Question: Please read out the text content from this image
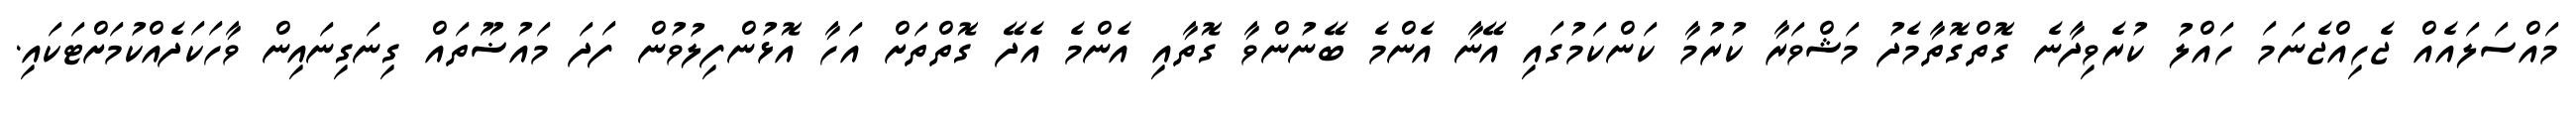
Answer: މައްސަލައެއް ޖެހިއްޖެނަމަ ހައްލު ކުރެވިދާނެ ގޮތްގޮތާމެދު މަޝްވަރާ ކުރުމާ ކަންކަމުގައި އޭނާ އެންމެ ބޭނުންވާ ގޮތާއި އެންމެ އެދޭ ގޮތްތަށް އަހާ އޮޅުންފިލުވުން ފަދަ މައުޟޫތައް ގިނަގިނައިން ވާހަކަދެއްކުމަށްޓަކައި.